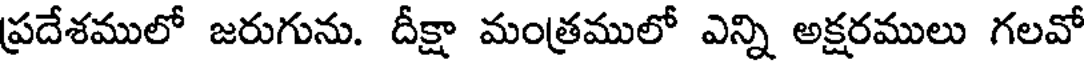
ప్రదేశములో జరుగును. దీక్షా మంత్రములో ఎన్ని అక్షరములు గలవో